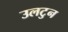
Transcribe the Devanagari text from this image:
उलटुन